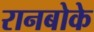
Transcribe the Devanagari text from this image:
रानबोके